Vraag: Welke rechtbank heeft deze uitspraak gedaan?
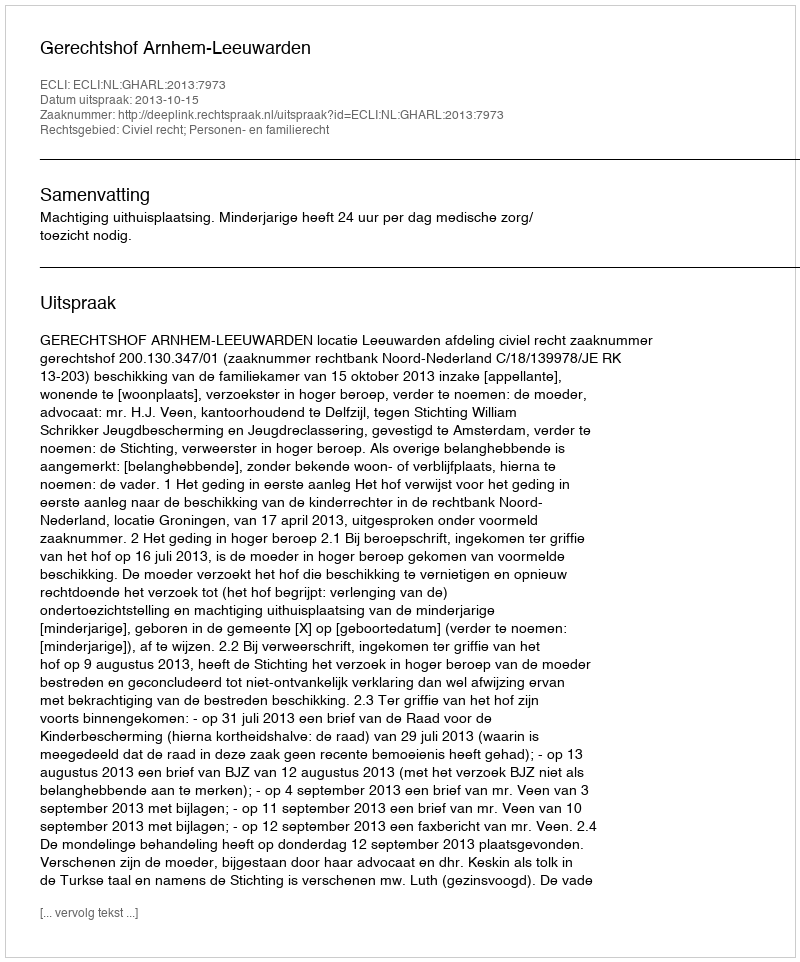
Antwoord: Gerechtshof Arnhem-Leeuwarden